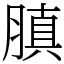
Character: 䐜